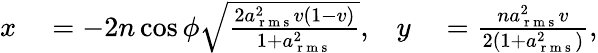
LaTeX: \begin{array}{rlrl}{x}&{{}=-2n\cos\phi\sqrt{\frac{2a_{\mathrm{~r~m~s~}}^{2}v(1-v)}{1+a_{\mathrm{~r~m~s~}}^{2}}},}&{y}&{{}=\frac{na_{\mathrm{~r~m~s~}}^{2}v}{2(1+a_{\mathrm{~r~m~s~}}^{2})},}\end{array}